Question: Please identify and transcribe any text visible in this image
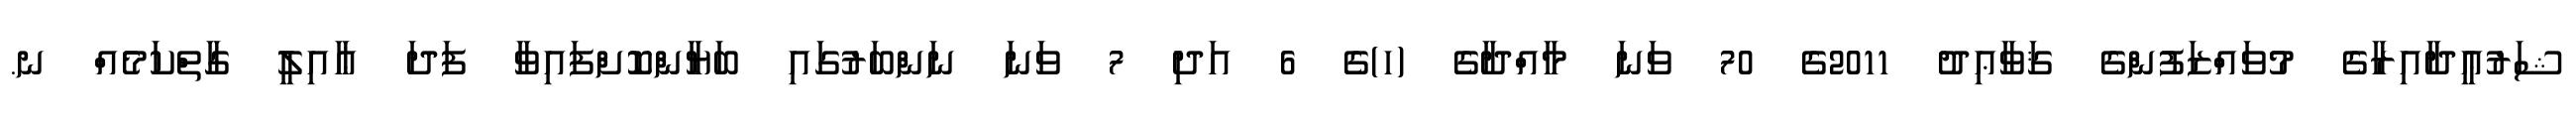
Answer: ޝަރުޢީދާއިރާގެ މުވައްޒަފުންގެ ޤަވާޢިދު 2011ގެ 70 ވަނަ މާއްދާގެ (ހ)ގެ 6 އަދި 7 ވަނަ ނަންބަރުގައި ބަޔާންކޮށްފައިވާ ފަދަ ޢާއިލީ ގާތްކަމެއް ނ.